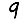
Digit: 9